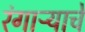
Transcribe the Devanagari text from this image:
रंगाऱ्याचे